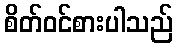
စိတ်ဝင်စားပါသည်